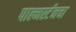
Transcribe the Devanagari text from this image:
पाल्मर्स्टनचा